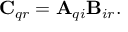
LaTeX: \mathbf { C } _ { q r } = \mathbf { A } _ { q i } \mathbf { B } _ { i r } .